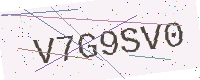
Text: V7G9SV0